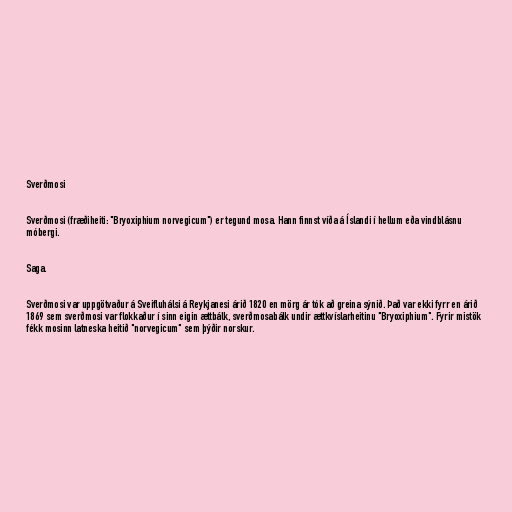
Sverðmosi

Sverðmosi (fræðiheiti: "Bryoxiphium norvegicum") er tegund mosa. Hann finnst víða á Íslandi í hellum eða vindblásnu
móbergi.

Saga.

Sverðmosi var uppgötvaður á Sveifluhálsi á Reykjanesi árið 1820 en mörg ár tók að greina sýnið. Það var ekki fyrr en árið
1869 sem sverðmosi var flokkaður í sinn eigin ættbálk, sverðmosabálk undir ættkvíslarheitinu "Bryoxiphium". Fyrir mistök
fékk mosinn latneska heitið "norvegicum" sem þýðir norskur.